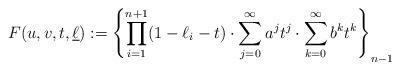
LaTeX: \begin{align*} F(u,v,t,\underline{\ell}) := \left\{\prod_{i=1}^{n+1}(1-\ell_i-t) \cdot \sum_{j=0}^{\infty} a^jt^j \cdot \sum_{k=0}^{\infty} b^kt^k\right\}_{n-1} \end{align*}